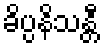
ခိပ္ပနိသန္တီ